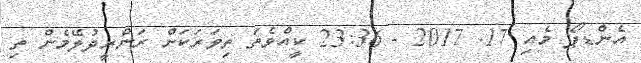
އެންޑޕޯ މެއި 17